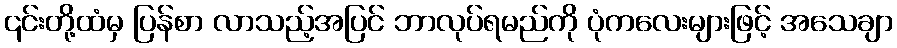
၎င်းတို့ထံမှ ပြန်စာ လာသည့်အပြင် ဘာလုပ်ရမည်ကို ပုံကလေးများဖြင့် အသေချာ